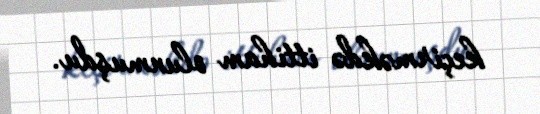
keçirməkdə ittiham olunmuşdu.